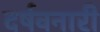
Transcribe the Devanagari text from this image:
दर्षवनारी